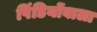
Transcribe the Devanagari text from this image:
पिंडियोंवाला